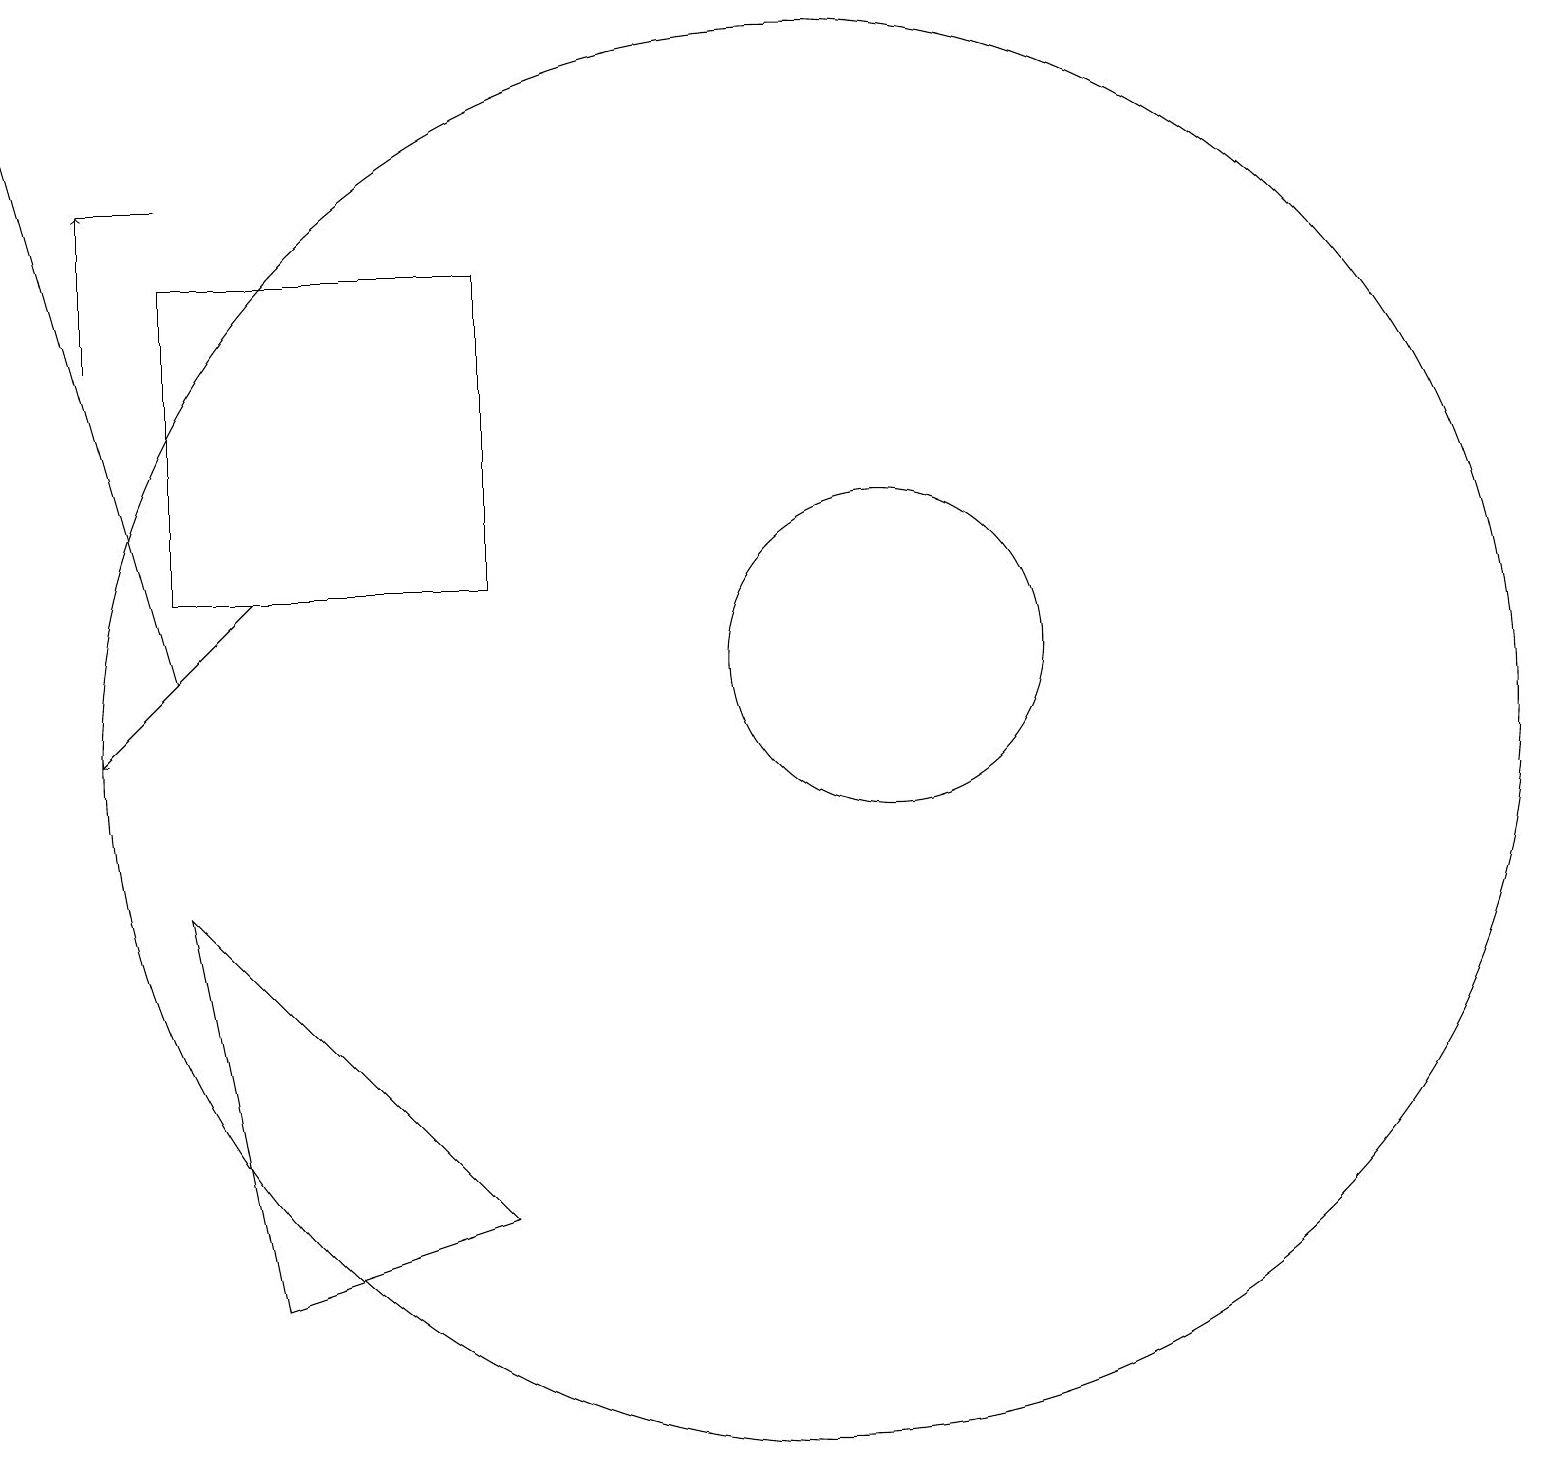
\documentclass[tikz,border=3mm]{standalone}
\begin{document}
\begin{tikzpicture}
\draw[->] (3,13) -- (1,11);
\draw[->] (1,16) -- (1,18);
\draw (10,11) circle (9);
\draw[->] (2,12) -- (0,19);
\draw (2,13) rectangle (6,17);
\draw (11,12) circle (2);
\draw (1,18) rectangle (2,18);
\draw (2,9) -- (3,4) -- (6,5) -- cycle;
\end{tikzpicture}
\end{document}